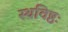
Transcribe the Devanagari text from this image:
स्थविष्ठः